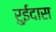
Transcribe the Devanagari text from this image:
रुईदास